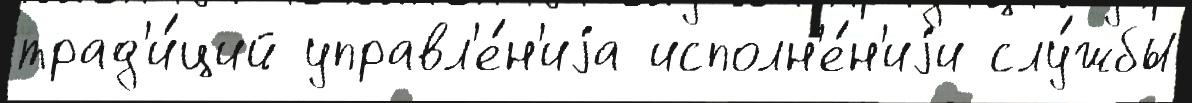
трад'и́ций управл'е́н'иjа исполн'е́н'иjи слу́жбы